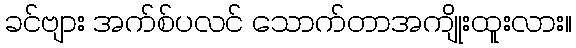
ခင်ဗျား အက်စ်ပလင် သောက်တာအကျိုးထူးလား။